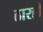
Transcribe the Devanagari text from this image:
ठारही